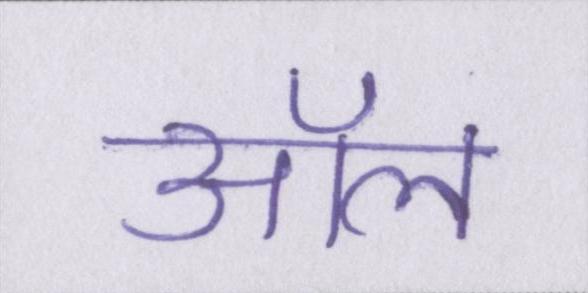
ऑल